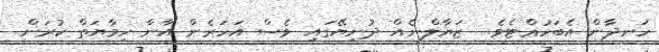
ހަނދާން އެބަހުޢްޓެވެ.  ޒަޔާލްނެއް ދުނިޔޭގައި ވެސް އަހަރެން އާނާ ހިމާޔަތް ކުރަން